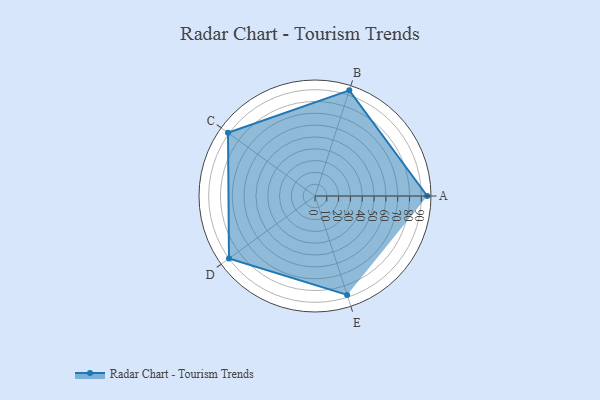
{"axis": {"x": "Skill", "y": "Score"}, "legend": ["Profile"], "data": [{"x": "A", "y": 95.0, "type": "Profile"}, {"x": "B", "y": 94.0, "type": "Profile"}, {"x": "C", "y": 91.0, "type": "Profile"}, {"x": "D", "y": 90.0, "type": "Profile"}, {"x": "E", "y": 88.0, "type": "Profile"}]}